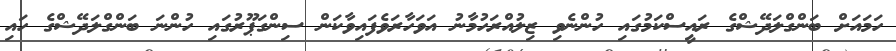
ހަމައަށް ބަންގްލަދޭޝްގެ ރައީސްކަމުގައި ހުންނެވި ޒިލުއްރަހުމާނު އަވަހާރަވެފައިވާކަން ސިންގަޕޫރުގައި ހުންނަ ބަންގްލަދޭޝްގެ ހައި